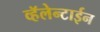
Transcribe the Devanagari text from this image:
व्हॅलेन्टाईन